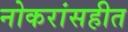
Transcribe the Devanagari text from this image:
नोकरांसहीत